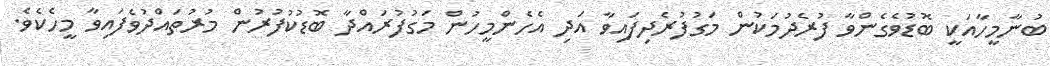
ބުނާމީހާއަކީ ބޮޑުވެގެންވާ ފުރެދުމަކުން މަގުފުރެދިފައިވާ އަދި އެހެންމީހުން މަގުފުރައްދާ ބޮޑުކުފުރުން މުރުތައްދުވެފައިވާ މީހެކެވެ.